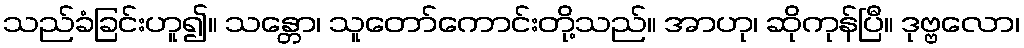
သည်ခံခြင်းဟူ၍။ သန္တော၊ သူတော်ကောင်းတို့သည်။ အာဟု၊ ဆိုကုန်ပြီ။ ဒုဗ္ဗလော၊